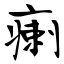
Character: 瘌